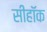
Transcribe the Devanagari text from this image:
सीहॉक